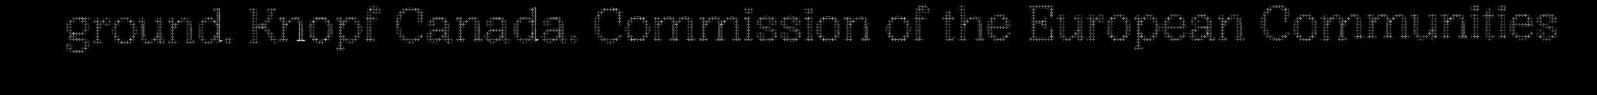
ground. Knopf Canada. Commission of the European Communities